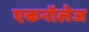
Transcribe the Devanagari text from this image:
एकनॉलेज